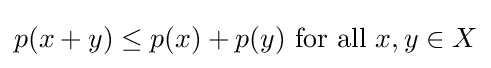
p(x+y)\leq p(x)+p(y){\text{ for all }}x,y\in X